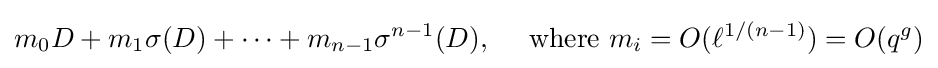
m_{0}D+m_{1}\sigma (D)+\cdots +m_{n-1}\sigma ^{n-1}(D),~~~~{\text{where }}m_{i}=O(\ell ^{1/(n-1)})=O(q^{g})